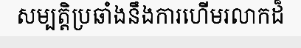
សម្បត្តិប្រឆាំងនឹងការហើមរលាកដ៏